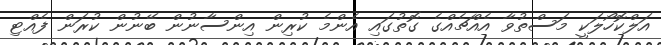
އަލްކޮހޯލަކީ މަސްތުވާ އެއްޗެއްގެ ގޮތުގައި އެންމެ ކުރިން އިންސާނުން ބޭނުން ކުރަން ފެއްޓި